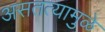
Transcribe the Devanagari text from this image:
असतत्यामुळे